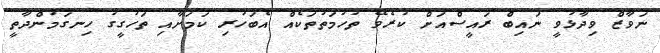
ނަވާޒް ވިދާޅުވީ ނައިބް ރައީސްއަށް ކުރެވޭ ތުހުމަތުތަކެއް އެބަހުރި ކަމަށާއި ތަހުގީގު ހިނގަމުންދާތީ